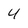
Character: 4